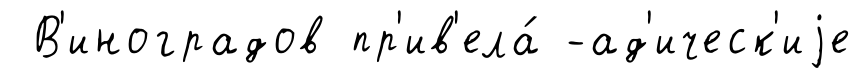
В'иноградов пр'ив'ела́ -ад'ическ'иjе